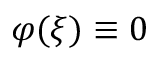
\varphi ( \boldsymbol { \xi } ) \equiv 0